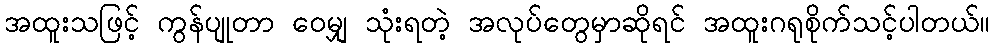
အထူးသဖြင့် ကွန်ပျုတာ ဝေမျှ သုံးရတဲ့ အလုပ်တွေမှာဆိုရင် အထူးဂရုစိုက်သင့်ပါတယ်။